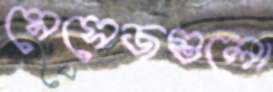
মেসেজগুলো